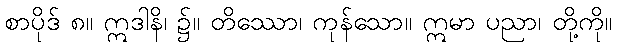
စာပိုဒ် ၈။ ဣဒါနိ၊ ၌။ တိဿော၊ ကုန်သော။ ဣမာ ပညာ၊ တို့ကို။